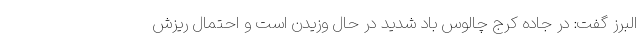
البرز گفت: در جاده کرج چالوس باد شدید در حال وزیدن است و احتمال ریزش